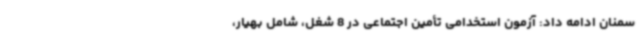
سمنان ادامه داد: آزمون استخدامی تأمین اجتماعی در 8 شغل، شامل بهیار،